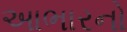
આભારનો